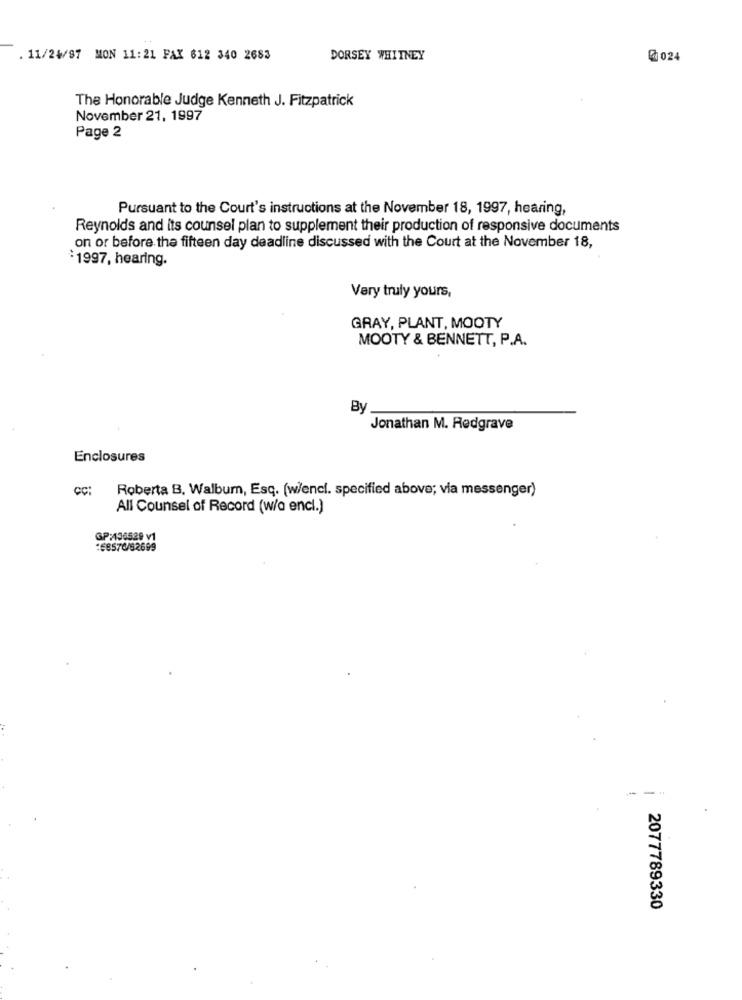
. 11/24/97 MON 11:21 FAX 612 340 2683
DORSEY WHITNEY
@ 024
The Honorable Judge Kenneth J. Fitzpatrick
November 21, 1997
Page 2
Pursuant to the Court's instructions at the November 18, 1997, hearing,
Reynolds and its counsel plan to supplement their production of responsive documents
on or before the fifteen day deadline discussed with the Court at the November 18,
`1997, hearing.
Very truly yours,
GRAY, PLANT, MOOTY
MOOTY & BENNETT, P.A.
By
Jonathan M. Redgrave
Enclosures
CC:
Roberta B. Walbum, Esq. (w/enci. specified above; via messenger)
All Counsel of Record (w/a encl.)
GP:136529 v1
:68576/62699
2077789330